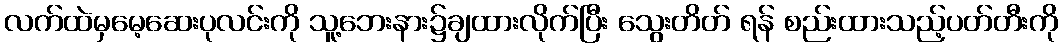
လက်ထဲမှမေ့ဆေးပုလင်းကို သူ့ဘေးနား၌ချထားလိုက်ပြီး သွေးတိတ် ရန် စည်းထားသည့်ပတ်တီးကို